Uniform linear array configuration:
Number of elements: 4
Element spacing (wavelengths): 0.25
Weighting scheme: exponential
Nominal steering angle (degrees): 45
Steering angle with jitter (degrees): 46.063
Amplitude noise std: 0.05
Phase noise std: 0.05

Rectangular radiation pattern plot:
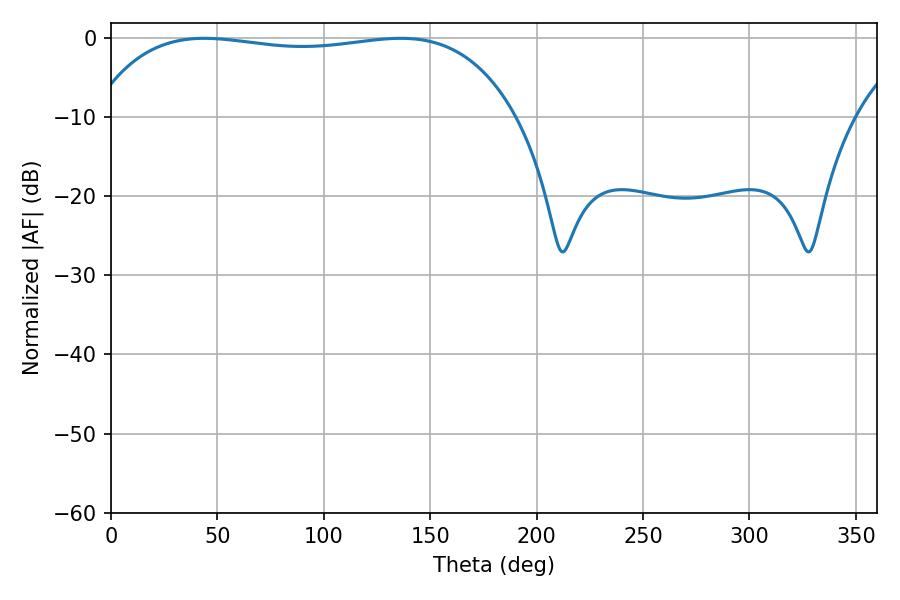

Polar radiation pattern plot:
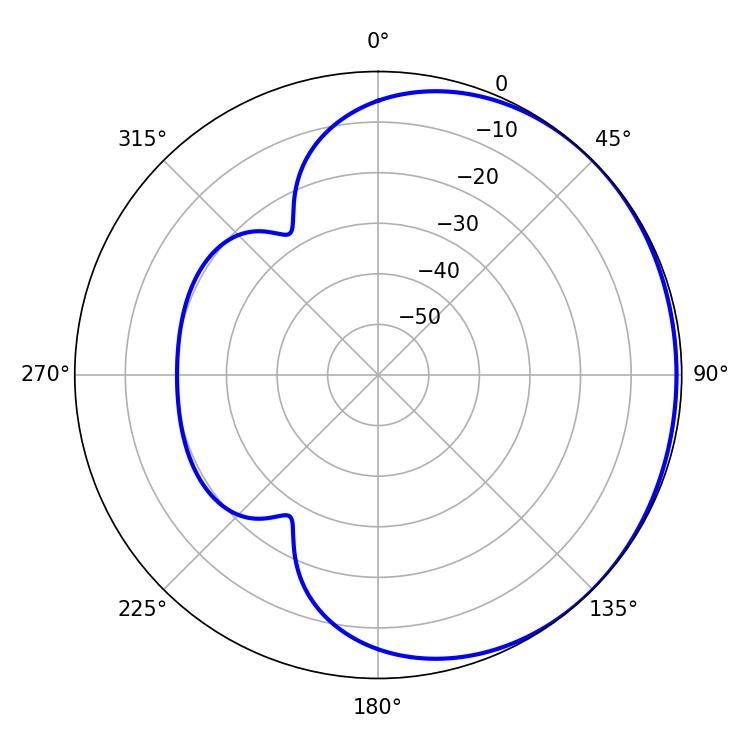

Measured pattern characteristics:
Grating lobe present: FALSE
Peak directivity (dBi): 0.6671
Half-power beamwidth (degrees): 159.48
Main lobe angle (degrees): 43.92